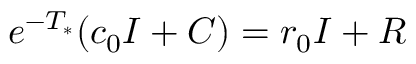
e ^ { - T _ { * } } ( c _ { 0 } I + C ) = r _ { 0 } I + R